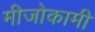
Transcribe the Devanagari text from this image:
मीजोकामी